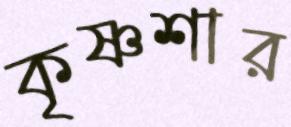
কৃষ্ণশার